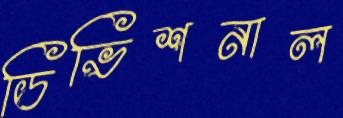
ডিভিশনাল